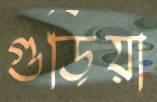
গুড়িয়া